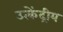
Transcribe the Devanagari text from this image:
उत्केंद्रीय